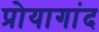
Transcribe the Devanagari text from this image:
प्रोयागांद